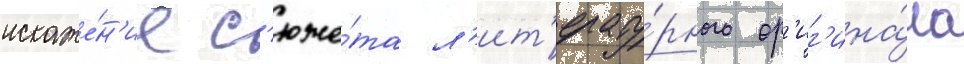
искаже́н'ие с'юже́та л'ит'ерату́рного ор'иг'ина́ла